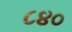
૮૪૦